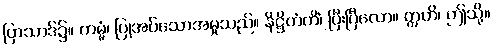
ပြာသာဒ်၌။ ကမ္မံ၊ ပြုအပ်သောအမှုသည်။ နိဋ္ဌိတံကိံ၊ ပြီးပြီလော။ ဣတိ၊ ဤသို့။